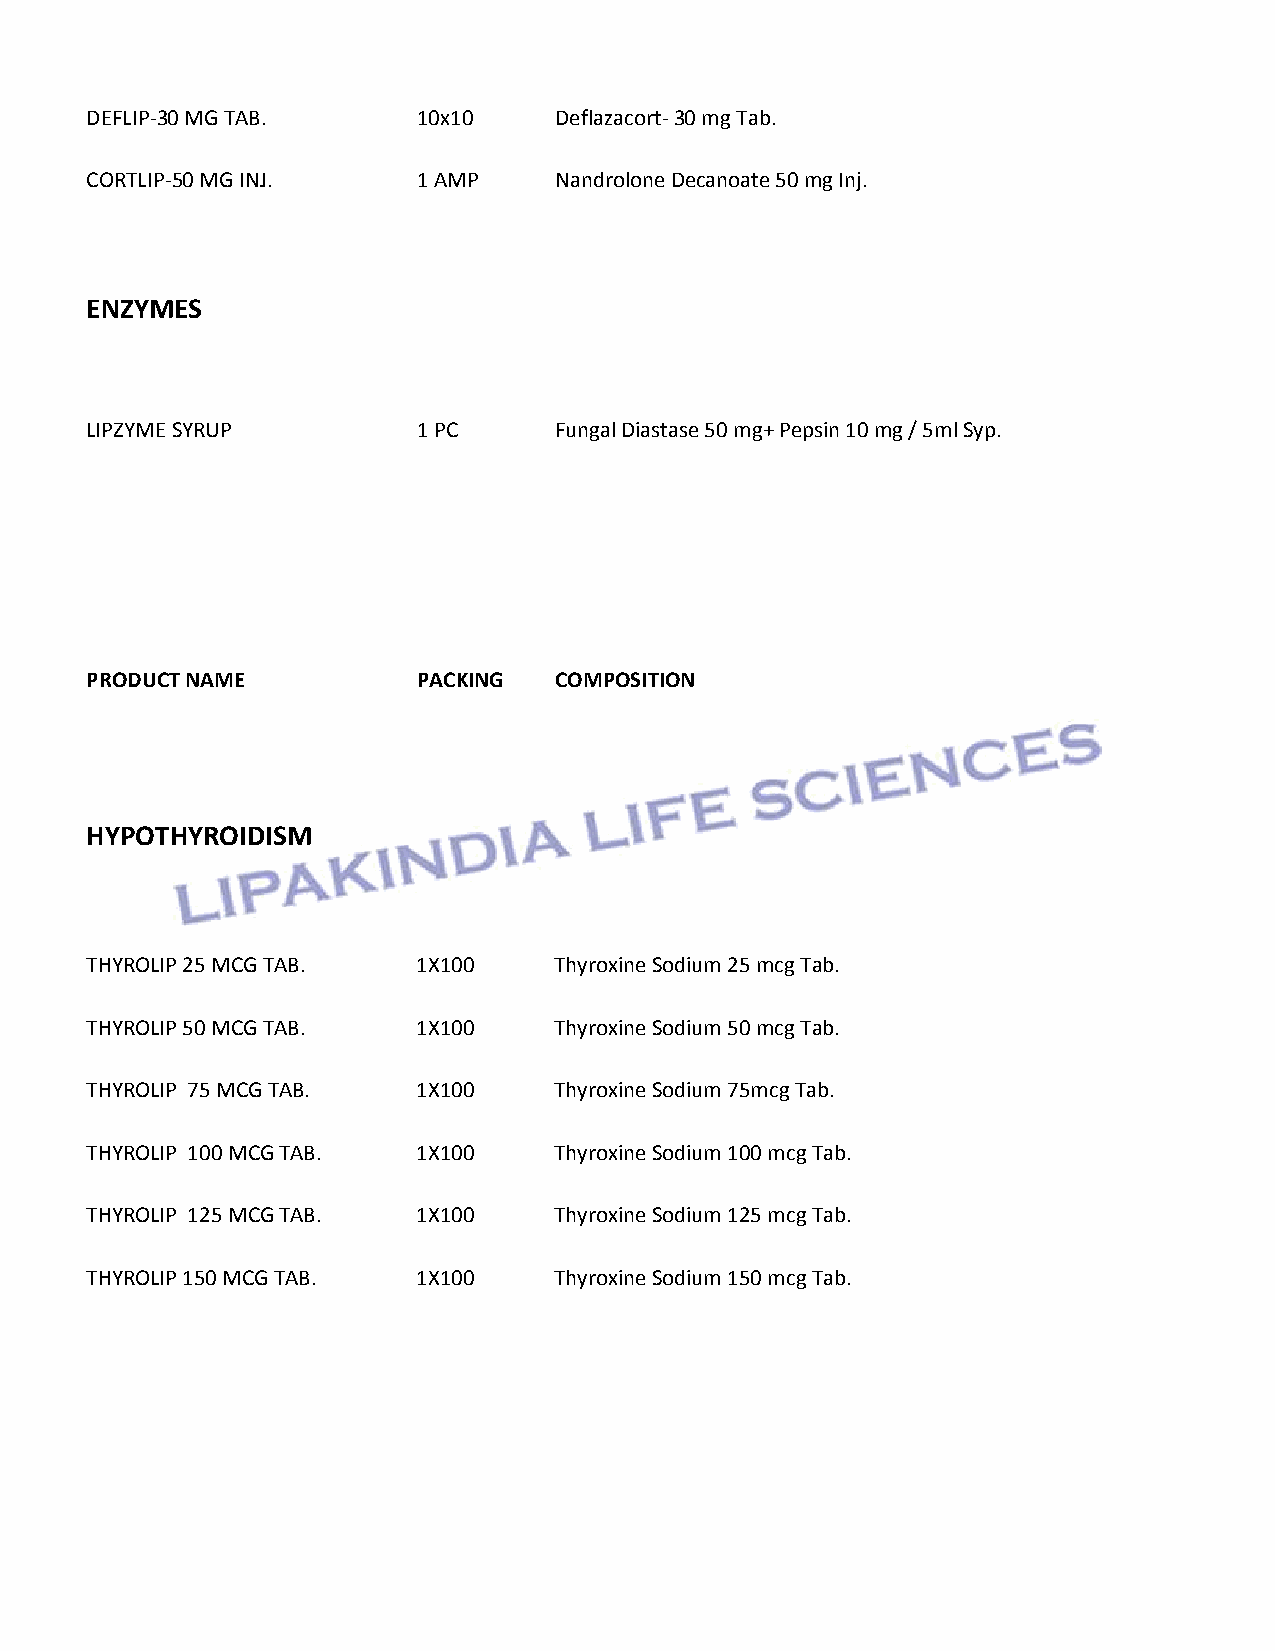
DEFLIP-30 MG TAB.     10x10    Deflazacort- 30 mg Tab.
 CORTLIP-50 MG INJ.    1 AMP    Nandrolone Decanoate 50 mg Inj.
 ENZYMES
 LIPZYME SYRUP         1 PC     Fungal Diastase 50 mg+ Pepsin 10 mg / 5ml Syp.
 PRODUCT NAME          PACKING  COMPOSITION
 HYPOTHYROIDISM
 THYROLIP 25 MCG TAB.  1X100    Thyroxine Sodium 25 mcg Tab.
 THYROLIP 50 MCG TAB.  1X100    Thyroxine Sodium 50 mcg Tab.
 THYROLIP 75 MCG TAB.  1X100    Thyroxine Sodium 75mcg Tab.
 THYROLIP 100 MCG TAB. 1X100    Thyroxine Sodium 100 mcg Tab.
 THYROLIP 125 MCG TAB. 1X100    Thyroxine Sodium 125 mcg Tab.
 THYROLIP 150 MCG TAB. 1X100    Thyroxine Sodium 150 mcg Tab.